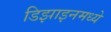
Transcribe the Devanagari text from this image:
डिझाइनमध्ये